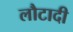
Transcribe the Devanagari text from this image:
लौटादी